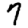
Digit: 7